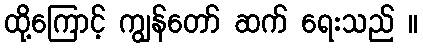
ထို့ကြောင့် ကျွန်တော် ဆက် ရေးသည် ။